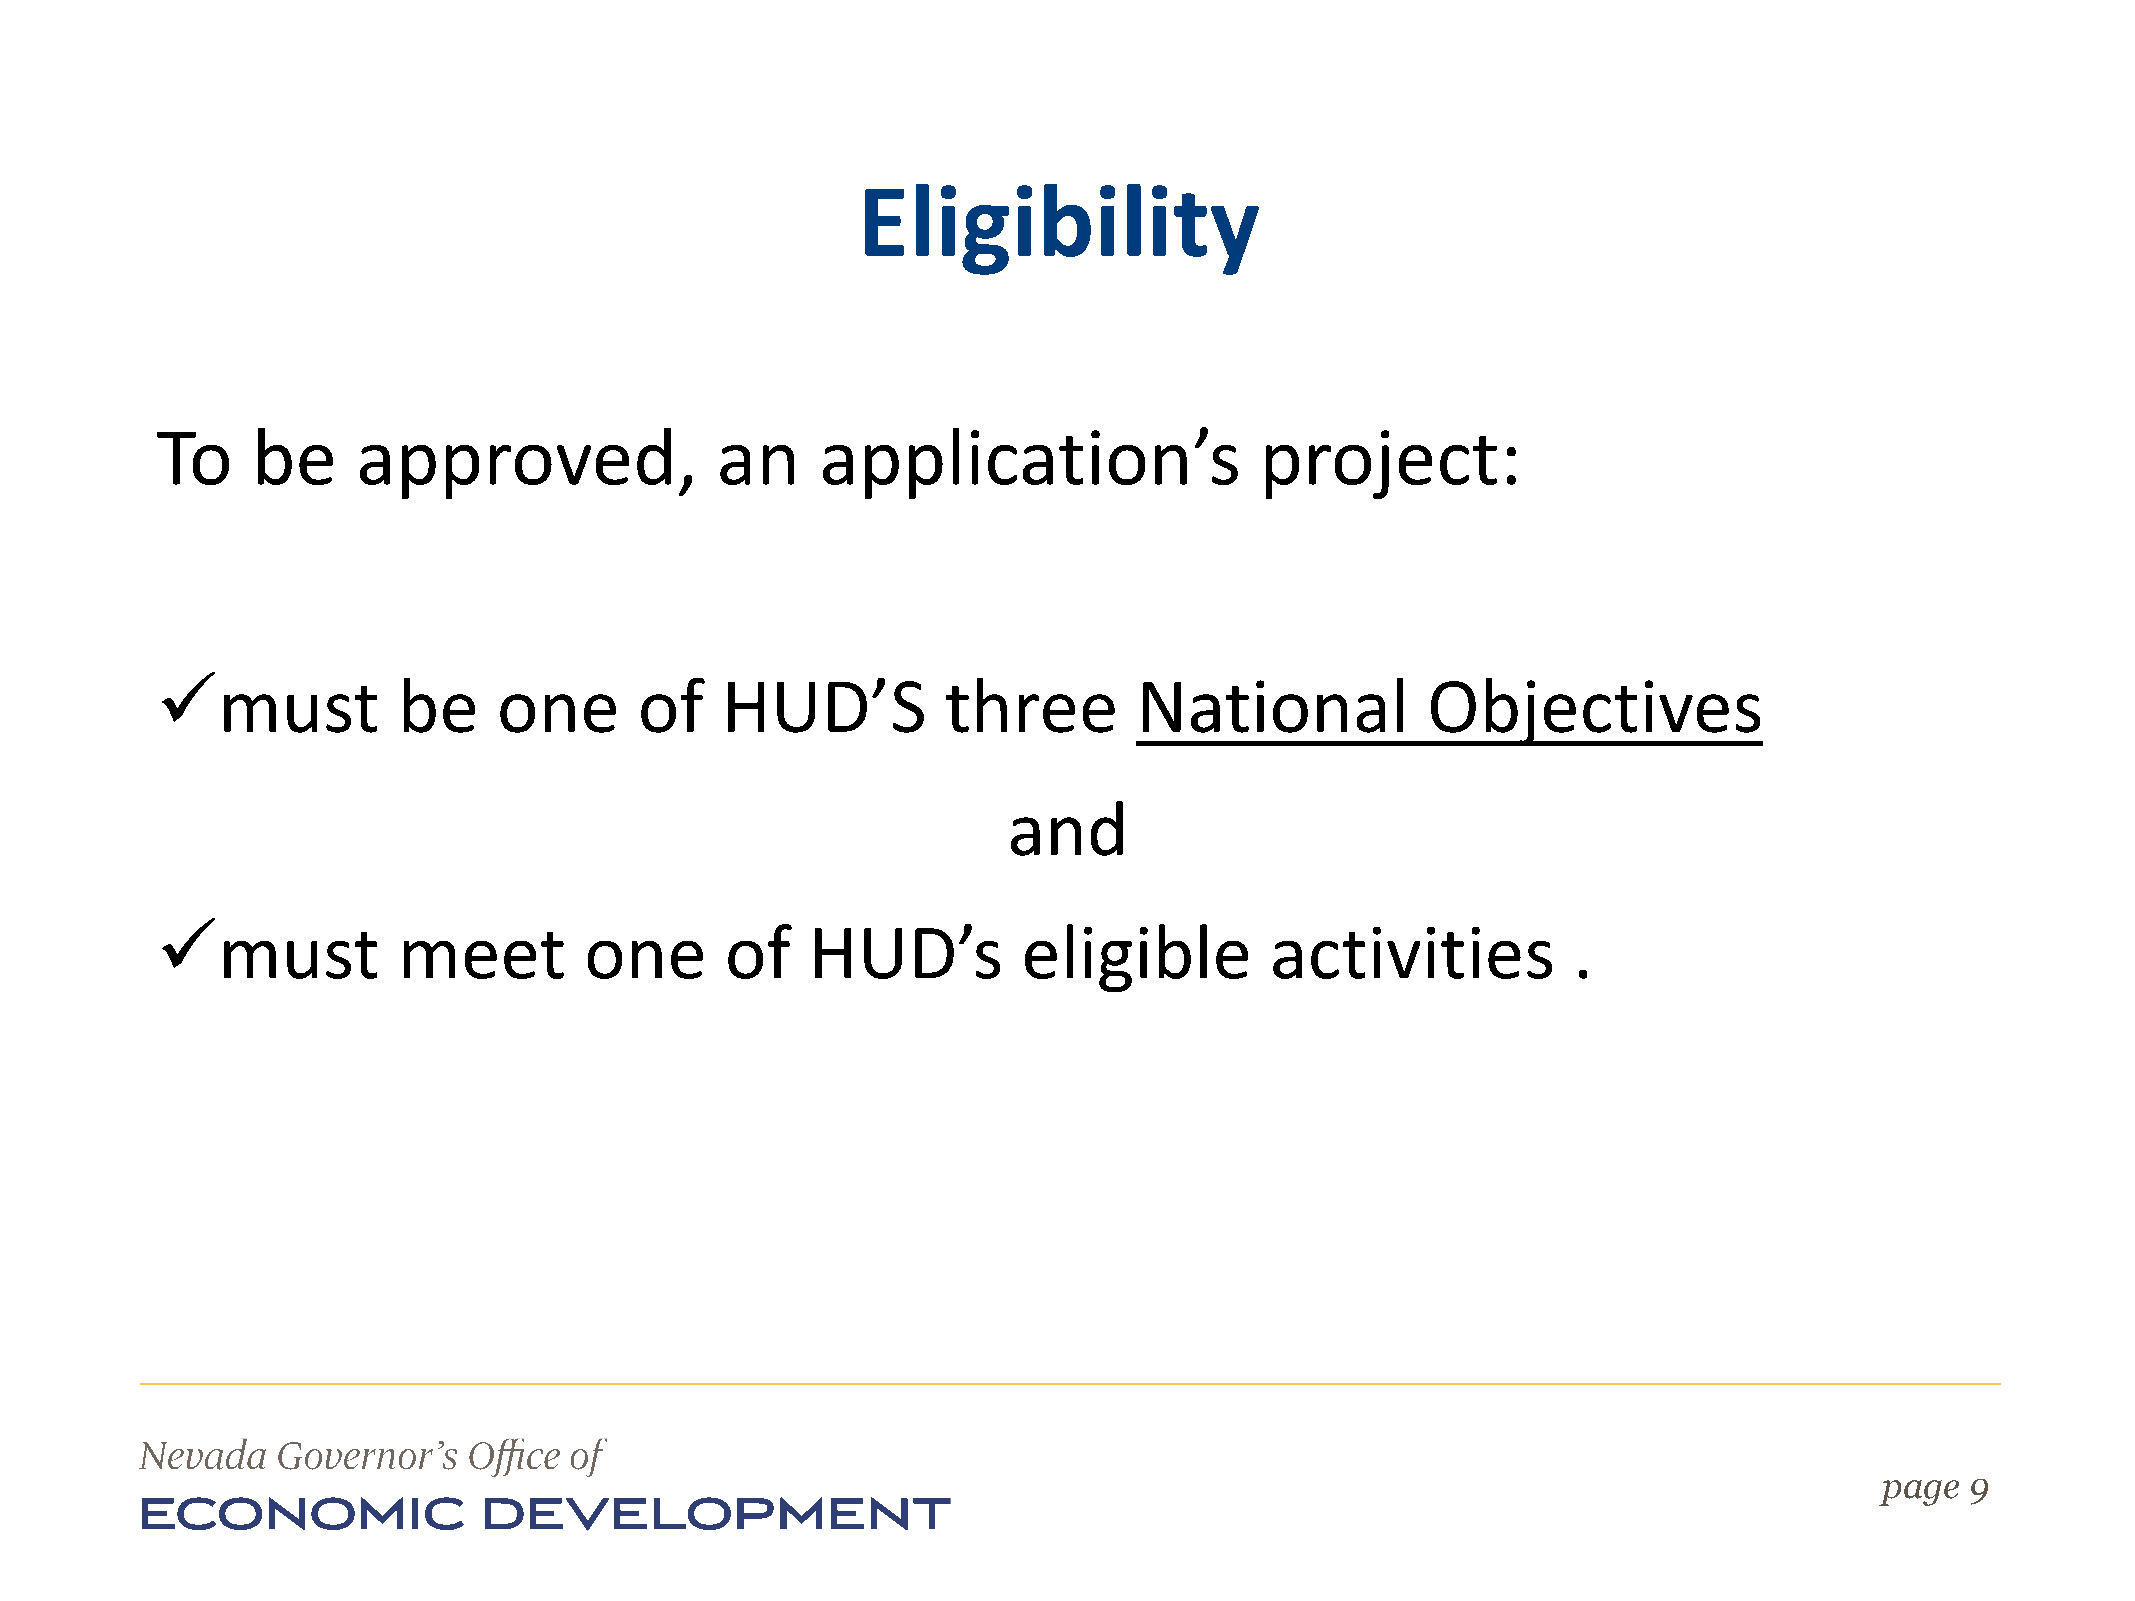
Eligibility
 To     be     approved,              an     application’s                project:
 ✓must           be     one      of    HUD’S          three       National           Objectives
 and
 ✓must           meet         one      of    HUD’s         eligible        activities          .
 page 9